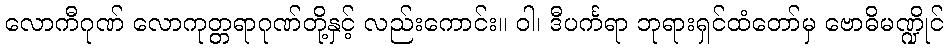
လောကီဂုဏ် လောကုတ္တရာဂုဏ်တို့နှင့် လည်းကောင်း။ ဝါ၊ ဒီပင်္ကရာ ဘုရားရှင်ထံတော်မှ ဗောဓိမဏ္ဍိုင်